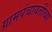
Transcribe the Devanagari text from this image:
ग्रामपंचायतींच्या